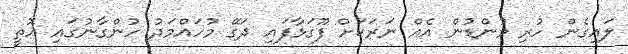
ލައިގެން ހުރި މުންޑުން އެއް ނަރަކަށް ފޫގަޅާފައި ދަގޭ މުހައްމަދު ހުންގާނުގައި އޮތީ